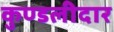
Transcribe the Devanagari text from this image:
कुण्डलीदार